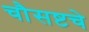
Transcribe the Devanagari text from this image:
चौसष्टचे